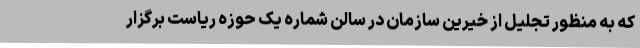
که به منظور تجلیل از خیرین سازمان در سالن شماره یک حوزه ریاست برگزار